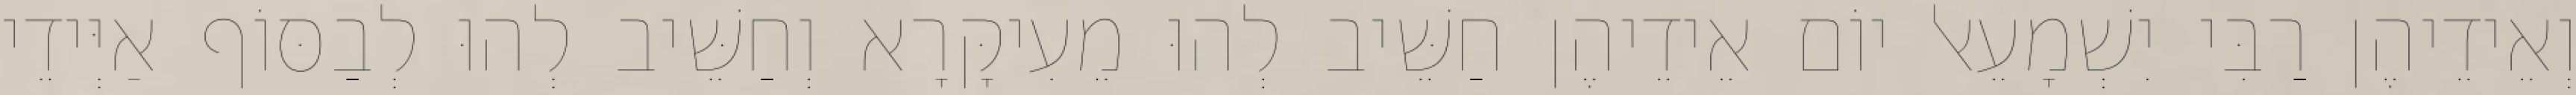
וְאֵידֵיהֶן רַבִּי יִשְׁמָעֵאל יוֹם אֵידֵיהֶן חַשֵּׁיב לְהוּ מֵעִיקָּרָא וְחַשֵּׁיב לְהוּ לְבַסּוֹף אַיְּידֵי